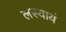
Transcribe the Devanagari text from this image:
लस्यायं